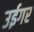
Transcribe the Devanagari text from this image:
उईगर